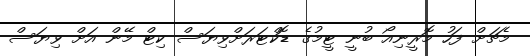
މެޗަށް ފަހު މޮރީނިއޯ ބުނީ ޓީމުގެ ޑޮކްޓަރަށްވިޔަސް ކިޓް މޭން އަށް ވިޔަސް